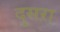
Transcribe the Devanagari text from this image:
दुसऱा